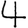
Digit: 4